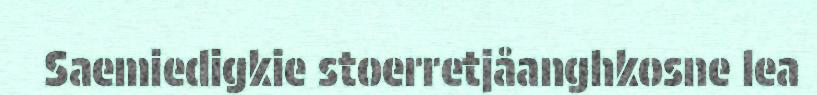
Saemiedigkie stoerretjåanghkosne lea